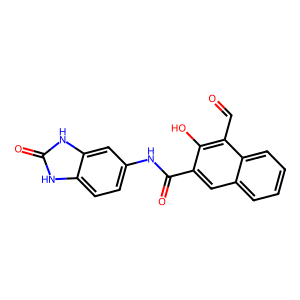
SMILES: O=Cc1c(O)c(C(=O)Nc2ccc3[nH]c(=O)[nH]c3c2)cc2ccccc12
Inhibits HIV replication: No